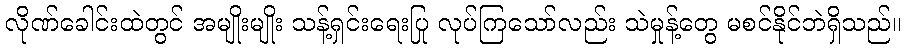
လိုဏ်ခေါင်းထဲတွင် အမျိုးမျိုး သန့်ရှင်းရေးပြု လုပ်ကြသော်လည်း သဲမှုန့်တွေ မစင်နိုင်ဘဲရှိသည်။